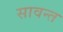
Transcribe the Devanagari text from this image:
सावन्‍त